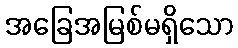
အခြေအမြစ်မရှိသော